Indian journal of veterinary science and animal husbandry - Volume 2,
Year: 1932
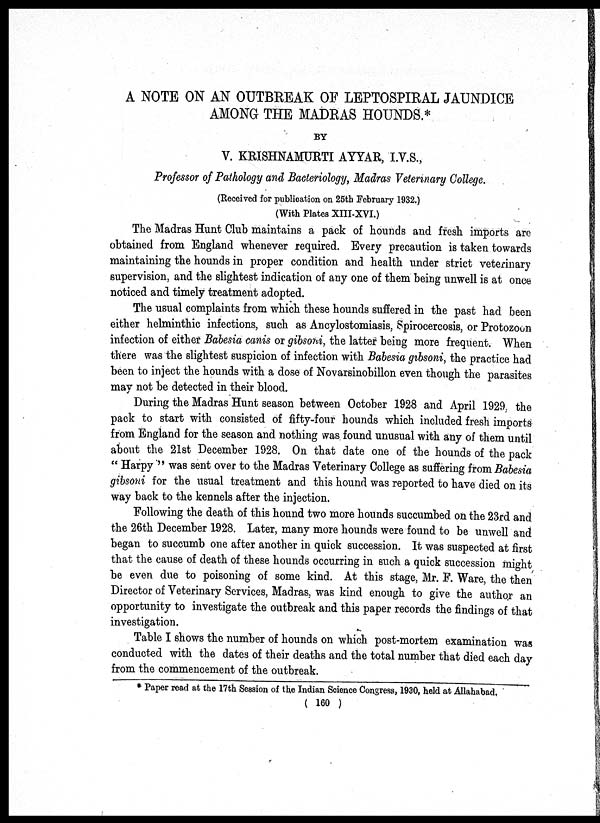
A NOTE ON AN OUTBREAK OF LEPTOSPIRAL JAUNDICE
AMONG THE MADRAS HOUNDS.*
BY
V. KRISHNAMURTI AYYAR, I.V.S.,
Professor of Pathology and Bacteriology, Madras Veterinary College.
(Received for publication on 25th February 1932.)
(With Plates XIII-XVI.)
The Madras Hunt Club maintains a pack of hounds and fresh imports are
obtained from England whenever required. Every precaution is taken towards
maintaining the hounds in proper condition and health under strict veterinary
supervision, and the slightest indication of any one of them being unwell is at once
noticed and timely treatment adopted.
The usual complaints from which these hounds suffered in the past had been
either helminthic infections, such as Ancylostomiasis, Spirocercosis, or Protozoon
infection of either Babesia canis or gibsoni, the latter being more frequent. When
there was the slightest suspicion of infection with Babesia gibsoni, the practice had
been to inject the hounds with a dose of Novarsinobillon even though the parasites
may not be detected in their blood.
During the Madras Hunt season between October 1928 and April 1929, the
pack to start with consisted of fifty-four hounds which included fresh imports,
from England for the season and nothing was found unusual with any of them until
about the 21st December 1928. On that date one of the hounds of the pack
" Harpy " was sent over to the Madras Veterinary College as suffering from Babesia
gibsoni for the usual treatment and this hound was reported to have died on its
way back to the kennels after the injection.
Following the death of this hound two more hounds succumbed on the 23rd and
the 26th December 1928. Later, many more hounds were found to be unwell and
began to succumb one after another in quick succession. It was suspected at first
that the cause of death of these hounds occurring in such a quick succession might
be even due to poisoning of some kind. At this stage, Mr. F. Ware, the then
Director of Veterinary Services, Madras, was kind enough to give the author an
opportunity to investigate the outbreak and this paper records the findings of that
investigation.
Table I shows the number of hounds on which post-mortem examination was
conducted with the dates of their deaths and the total number that died each day
from the commencement of the outbreak.
* Paper read at the 17th Session of the Indian Science Congress, 1930, held at Allahabad,
( 160 )